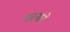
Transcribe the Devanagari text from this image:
कानावे